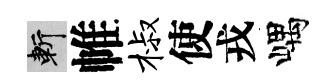
斬帷椒使戎嵎